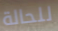
للحالة